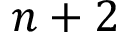
n + 2